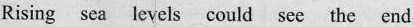
Rising sea levels could see the end